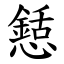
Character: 懖